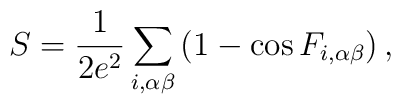
S=\frac{1}{2e^{2}}\sum_{i,\alpha \beta}\left(1-\cos F_{i,\alpha\beta}\right),